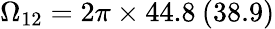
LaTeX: \Omega_{12}=2\pi\times 44.8\: (38.9)